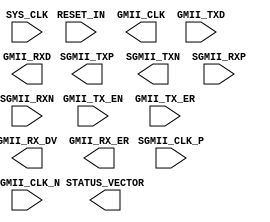
module WRAP_gig_ethernet_pcs_pma_0 (
	input	wire			SYS_CLK			,
	input	wire			RESET_IN		,
	input	wire			SGMII_CLK_P		,
	input	wire			SGMII_CLK_N		,
	output	wire			SGMII_TXP		,	// out	: Tx signal line
	output	wire			SGMII_TXN		,	// out	: 
	input	wire			SGMII_RXP		,	// in	: Rx signal line
	input	wire			SGMII_RXN		,	// in	: 

	output	wire			GMII_CLK		,
	input	wire			GMII_TX_EN		,	// out: Tx enable
	input	wire	[7:0]	GMII_TXD		,	// out: Tx data[7:0]
	input	wire			GMII_TX_ER		,	// out: TX error
	output	wire			GMII_RX_DV		,	// in : Rx data valid
	output	wire	[7:0]	GMII_RXD		,	// in : Rx data[7:0]
	output	wire			GMII_RX_ER		,	// in : Rx error
	
	output	wire	[15:0]	STATUS_VECTOR	
);

endmodule